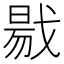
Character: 㦹